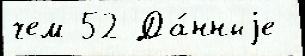
чем 52 Да́нныjе